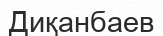
Диқанбаев